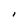
Character: I